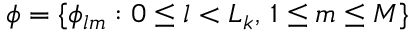
\phi = \{ \phi _ { l m } : 0 \leq l < L _ { k } , \, 1 \leq m \leq M \}